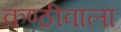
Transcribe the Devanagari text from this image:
कण्ठीवाला